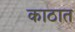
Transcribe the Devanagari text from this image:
काठात